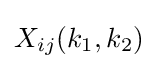
X_{ij}(k_{1},k_{2})